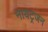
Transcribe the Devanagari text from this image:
नायट्रजन